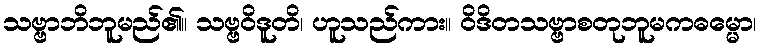
သဗ္ဗာဘိဘူမည်၏။ သဗ္ဗဝိဒူတိ၊ ဟူသည်ကား။ ဝိဒိတသဗ္ဗာစတုဘူမကဓမ္မော၊